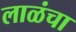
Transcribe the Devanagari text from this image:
लाळंचा